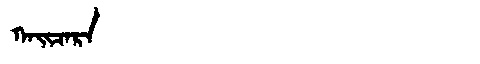
Manchu: ᡴᠠᡳᠴᠠᡵᠠ
Romanization: KAICARA